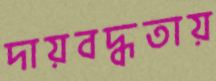
দায়বদ্ধতায়